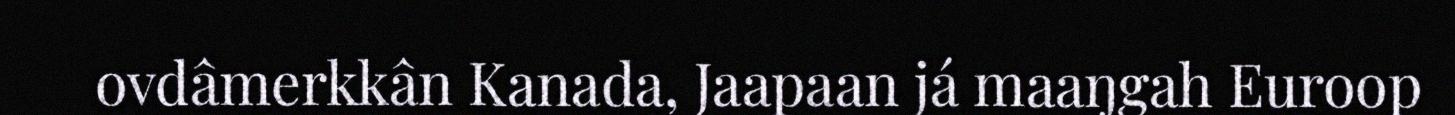
ovdâmerkkân Kanada, Jaapaan já maaŋgah Euroop